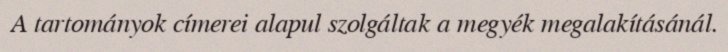
A tartományok címerei alapul szolgáltak a megyék megalakításánál.